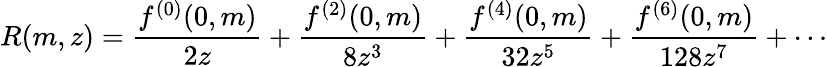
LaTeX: R(m,z)=\frac{f^{(0)}(0,m)}{2z}+\frac{f^{(2)}(0,m)}{8z^{3}}+\frac{f^{(4)}(0,m)}{32z^{5}}+\frac{f^{(6)}(0,m)}{128z^{7}}+\cdots